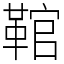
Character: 䩪